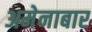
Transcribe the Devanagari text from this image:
अमेनाबार